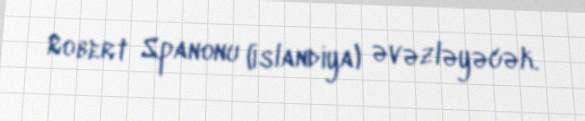
Robert Spanonu (İslandiya) əvəzləyəcək.